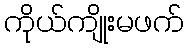
ကိုယ်ကျိုးမဖက်